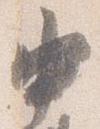
中